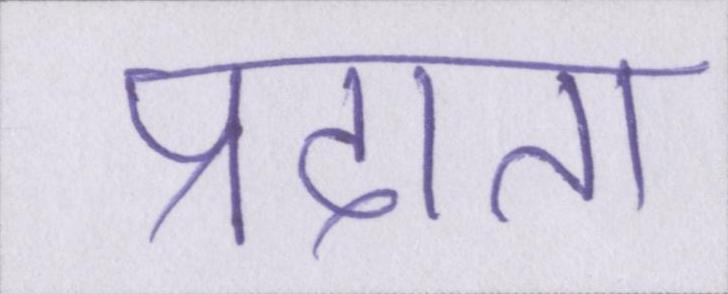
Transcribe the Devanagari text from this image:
प्रदाता